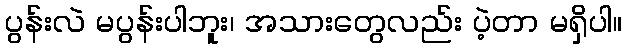
ပွန်းလဲ မပွန်းပါဘူး၊ အသားတွေလည်း ပဲ့တာ မရှိပါ။